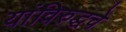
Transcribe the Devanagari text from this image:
यांविरुद्धचे